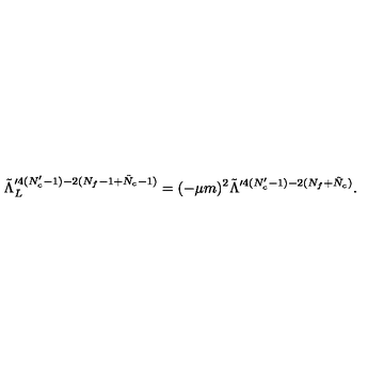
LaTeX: \tilde { \Lambda } _ { L } ^ { \prime 4 ( N _ { c } ^ { \prime } - 1 ) - 2 ( N _ { f } - 1 + \tilde { N } _ { c } - 1 ) } = ( - \mu m ) ^ { 2 } \tilde { \Lambda } ^ { \prime 4 ( N _ { c } ^ { \prime } - 1 ) - 2 ( N _ { f } + \tilde { N } _ { c } ) } .